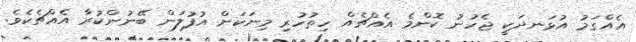
އެއްގަމު އުޅަނދަކީ ޖެހުނު ކޮންމެ އެއްޗެއް ހިތުހުރި މިނަކަށް އުފުލަން ބޭނުންކުރާ އެއްޗެކެވެ.